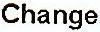
CHANGE